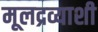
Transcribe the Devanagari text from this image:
मूलद्रव्याशी